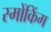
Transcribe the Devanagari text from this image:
स्मोंकिंग